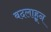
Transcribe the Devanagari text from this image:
बदलाहून